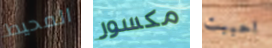
المحيط مكسور احببت